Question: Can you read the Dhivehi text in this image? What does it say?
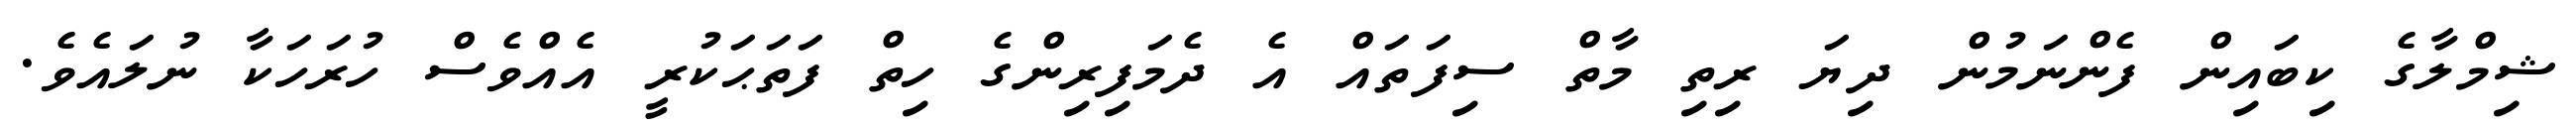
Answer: ޝިމްލާގެ ކިބައިން ފެންނަމުން ދިޔަ ރިތި މާތް ސިފަތައް އެ ދެމަފިރިންގެ ހިތް ފަތަޙަކުރީ އެއްވެސް ހުރަހަކާ ނުލައެވެ.